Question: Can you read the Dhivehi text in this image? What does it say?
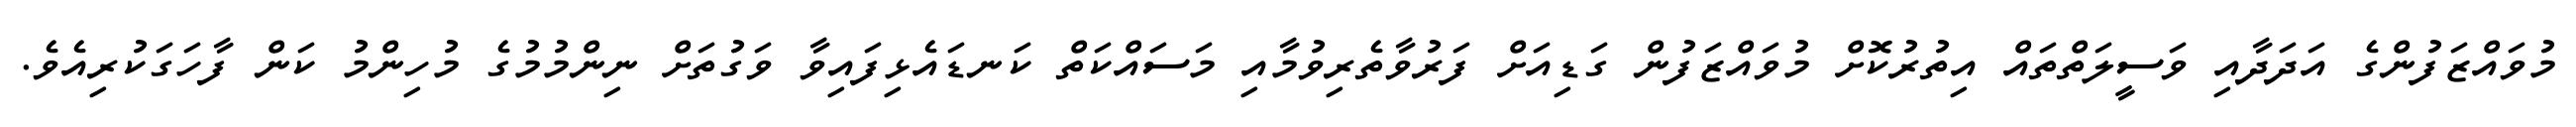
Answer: މުވައްޒަފުންގެ އަދަދާއި ވަސީލަތްތައް އިތުރުކޮށް މުވައްޒަފުން ގަޑިއަށް ފަރުވާތެރިވުމާއި މަސައްކަތް ކަނޑައެޅިފައިވާ ވަގުތަށް ނިންމުމުގެ މުހިންމު ކަން ފާހަގަކުރިއެވެ.